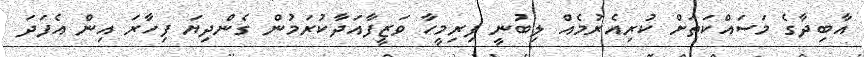
އާބިދާގެ މަސައްކަތަށް ކުރިއެރުމެއް ލިބުނީ ފިރިމީހާ ވަޒީފާއަދާކުރަމުން ގެންދިޔަ ފިހާރަ އިން އެފަދަ